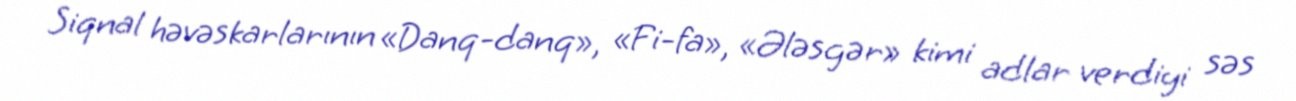
Siqnal həvəskarlarının «Danq-danq», «Fi-fa», «Ələsgər» kimi adlar verdiyi səs